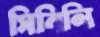
সিবিলি